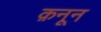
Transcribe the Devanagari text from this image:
क़नून